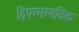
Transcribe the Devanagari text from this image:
द्विपरमाणविक